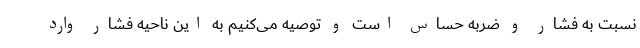
نسبت به فشار و ضربه حساس است و توصیه می‌کنیم به این ناحیه فشار وارد